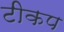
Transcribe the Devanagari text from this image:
टीकप